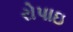
રોપાઇ